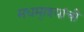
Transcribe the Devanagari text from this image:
मधमा्श्यांची